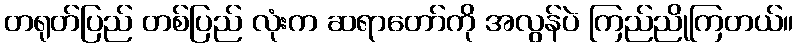
တရုတ်ပြည် တစ်ပြည် လုံးက ဆရာတော်ကို အလွန်ပဲ ကြည်ညိုကြတယ်။